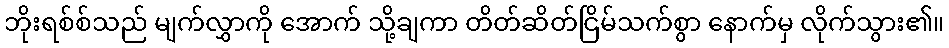
ဘိုးရစ်စ်သည် မျက်လွှာကို အောက် သို့ချကာ တိတ်ဆိတ်ငြိမ်သက်စွာ နောက်မှ လိုက်သွား၏။